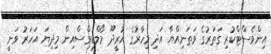
އިންވެސްޓްކުރި ގަތަރުގެ ވަތަނިއްޔާ އަދި މިހާރުގެ އުރީދޫ މޯލްޑިވްސްއިން މިދިޔަ އަހަރު ވަނީ